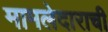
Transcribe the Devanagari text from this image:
मामलेदाराची